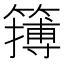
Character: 𥴮